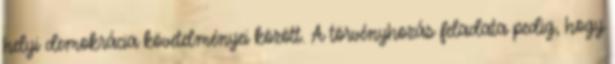
helyi demokrácia követelményei között. A törvényhozás feladata pedig, hogy